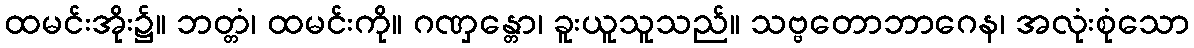
ထမင်းအိုး၌။ ဘတ္တံ၊ ထမင်းကို။ ဂဏှန္တော၊ ခူးယူသူသည်။ သဗ္ဗတောဘာဂေန၊ အလုံးစုံသော